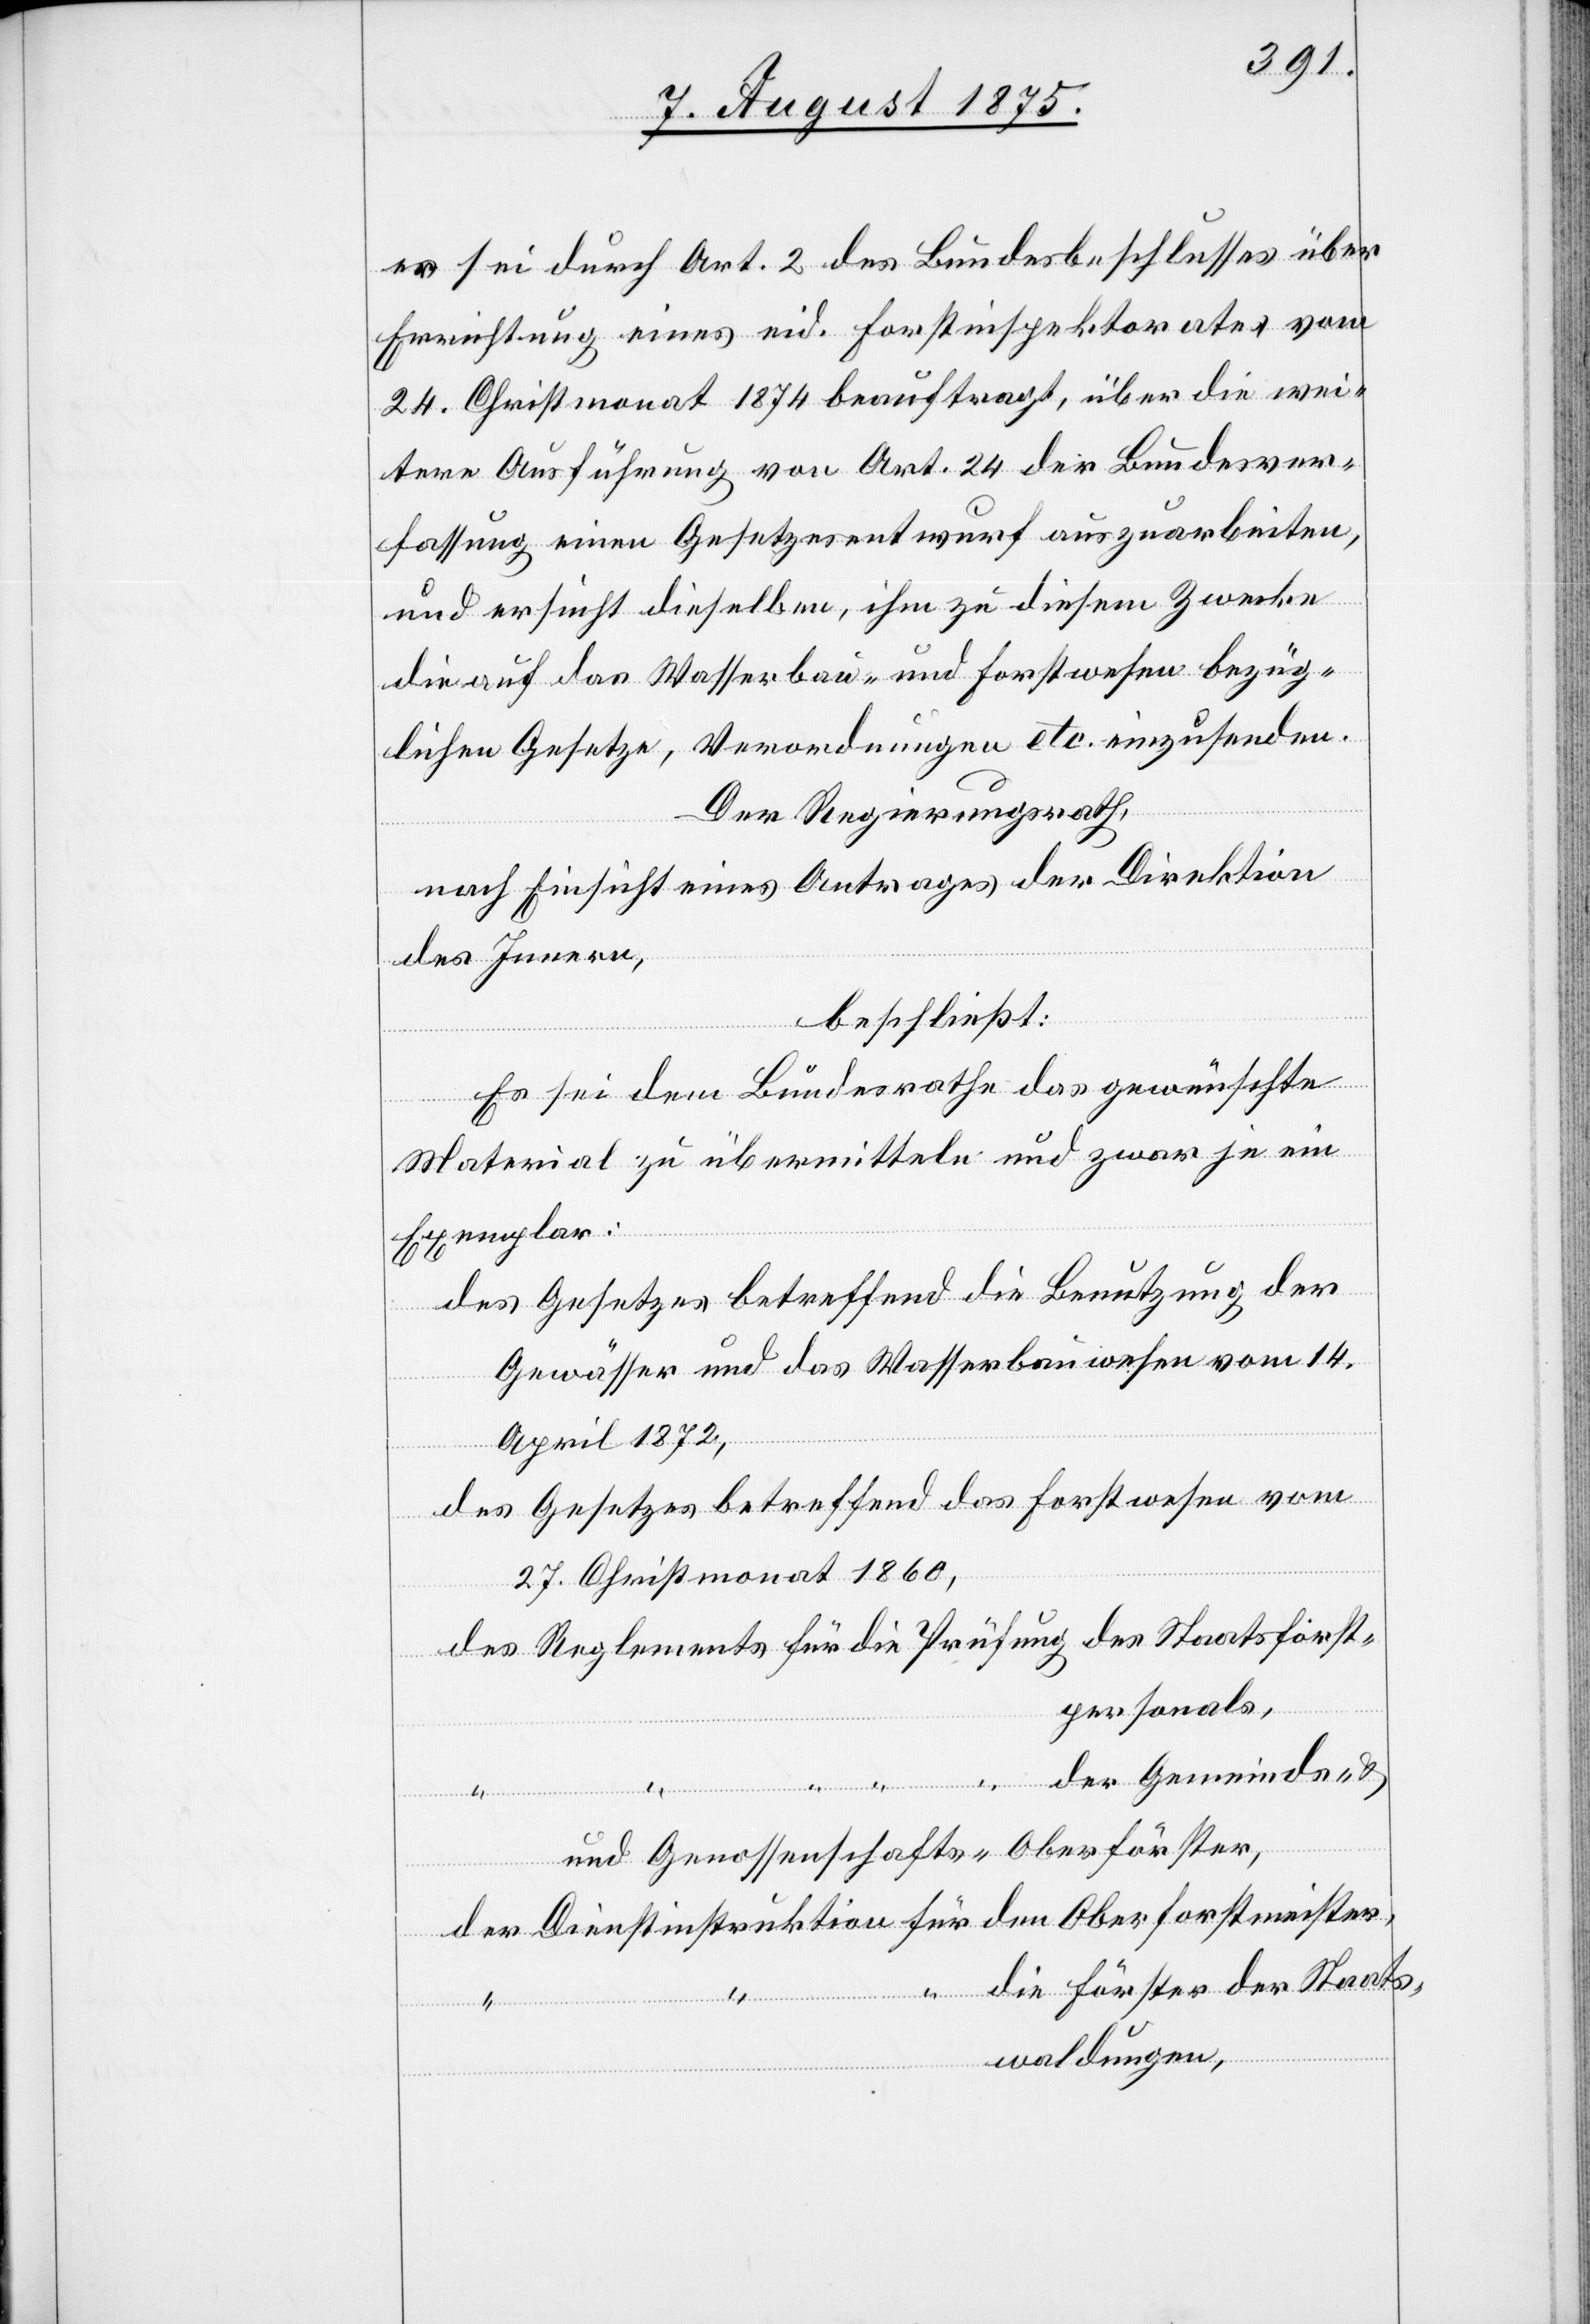
es sei durch Art. 2 des Bundesbeschlusses über
Errichtung eines eid. Forstinspektorates vom
24. Christmonat 1874 beauftragt, über die wei¬
tere Ausführung von Art. 24 der Bundesver¬
fassung einen Gesetzesentwurf auszuarbeiten,
den
und ersucht dieselben, ihm zu diesem Zwecke
die auf das Wasserbau- und Forstwesen bezüg¬
lichen Gesetze, Verordnungen etc. einzusenden.
Der Regierungsrath,
nach Einsicht eines Antrages der Direktion
des Innern,
beschließt:
“
Es sei dem Bundesrathe das gewünschte
tmei¬
Material zu übermitteln und zwar je ein
Exemplar:
des Gesetzes betreffend die Benutzung der
ster,
Gewässer und das Wasserbauwesen vom 14.
April1872,
des Gesetzes betreffend das Forstwesen vom
27. Christmonat 1860,
tpersonals,
Oberfors¬
Staatsfors¬
Genossenschafts-Oberförster,
die Förster der Staats¬
Reglements
nstinstruktion
waldungen,